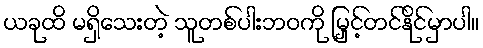
ယခုထိ မရှိသေးတဲ့ သူတစ်ပါးဘဝကို မြှင့်တင်နိုင်မှာပါ။